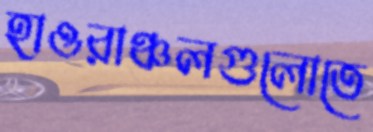
হাওরাঞ্চলগুলোতে